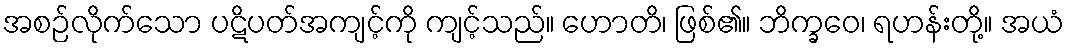
အစဉ်လိုက်သော ပဋိပတ်အကျင့်ကို ကျင့်သည်။ ဟောတိ၊ ဖြစ်၏။ ဘိက္ခဝေ၊ ရဟန်းတို့။ အယံ